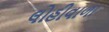
લોહીવાળા